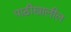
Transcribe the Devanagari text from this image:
पाठीखालील